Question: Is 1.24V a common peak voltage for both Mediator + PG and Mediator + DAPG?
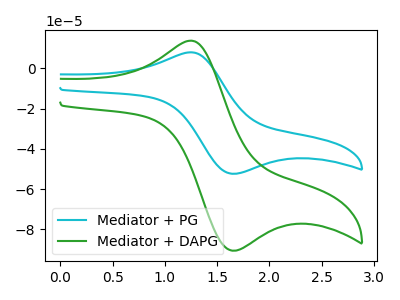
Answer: <think>The cyan curve "Mediator + PG" has an anodic peak at (1.25V, 7.90uA) and a cathodic peak at (1.70V, -52.40uA). The green curve "Mediator + DAPG" has an anodic peak at (1.25V, 13.70uA) and a cathodic peak at (1.70V, -90.55uA).</think>
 <answer>Yes, "Mediator + PG" and "Mediator + DAPG" share a peak at 1.24V.</answer>
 <eval>match</eval>